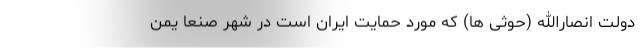
دولت انصارالله (حوثی ها) که مورد حمایت ایران است در شهر صنعا یمن